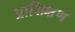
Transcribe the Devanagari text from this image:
प्राशिक्षण